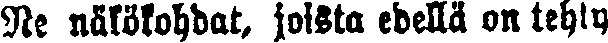
Ne näkökohdat, joista edellä on tehty